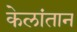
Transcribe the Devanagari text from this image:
केलांतान